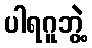
ပါရဂူဘွဲ့